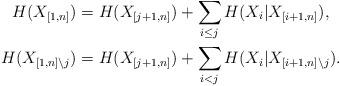
LaTeX: \begin{align*}H(X_{[1,n]}) &= H(X_{[j+1,n]}) + \sum_{i \leq j} H(X_i | X_{[i+1,n]}), \\H(X_{[1,n] \backslash j}) &= H(X_{[j+1,n]}) + \sum_{i < j} H(X_i | X_{[i+1,n] \backslash j}).\end{align*}